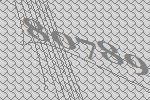
80789